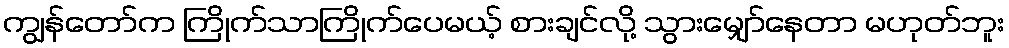
ကျွန်တော်က ကြိုက်သာကြိုက်ပေမယ့် စားချင်လို့ သွားမျှော်နေတာ မဟုတ်ဘူး